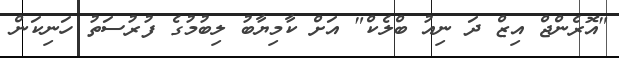
"އޮރެންޖް އިޒް ދަ ނިއު ބްލެކް" އަށް ކާމިޔާބު ލިބުމުގެ ފުރުސަތު ހަނިކަން